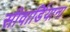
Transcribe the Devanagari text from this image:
सीवार्डियाना